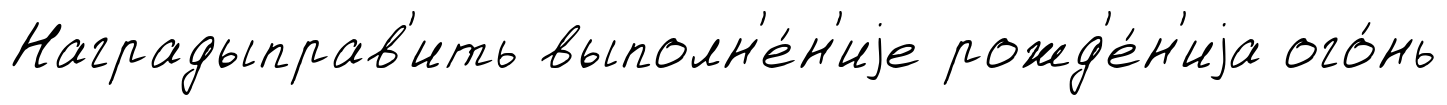
Наградыправ'ить выполн'е́н'иjе рожд'е́н'иjа ого́нь